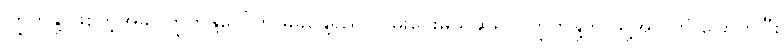
ကြွက်နို့ ဖြစ်တဲ့အခါ ကြွက်နို့ပေါ်ကို မိခင်နို့ရည် လိမ်းပေးမယ်ဆိုရင် ကြွက်နို့က သူ့အလိုလို ခြောက်ပြီး